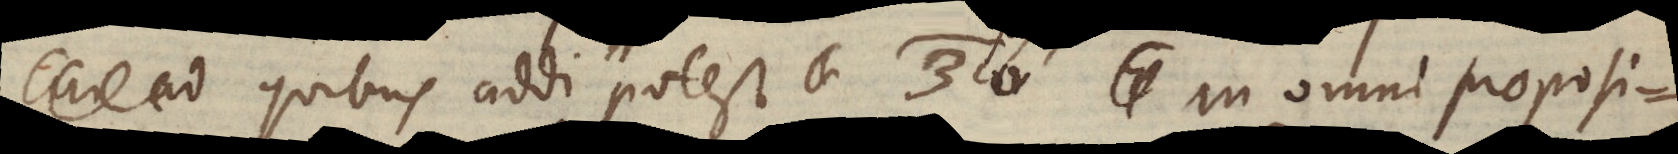
Quibus addi potest: 3°) In omni proposi-